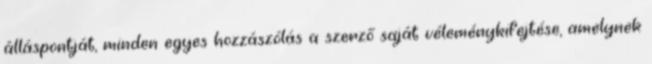
álláspontját, minden egyes hozzászólás a szerző saját véleménykifejtése, amelynek